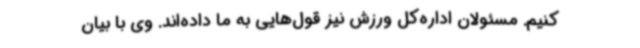
کنیم. مسئولان اداره‌کل ورزش نیز قول‌هایی به ما داده‌اند. وی با بیان